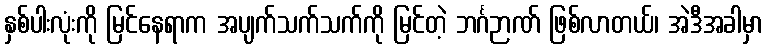
နှစ်ပါးလုံးကို မြင်နေရာက အပျက်သက်သက်ကို မြင်တဲ့ ဘင်္ဂဉာဏ် ဖြစ်လာတယ်၊ အဲဒီအခါမှာ